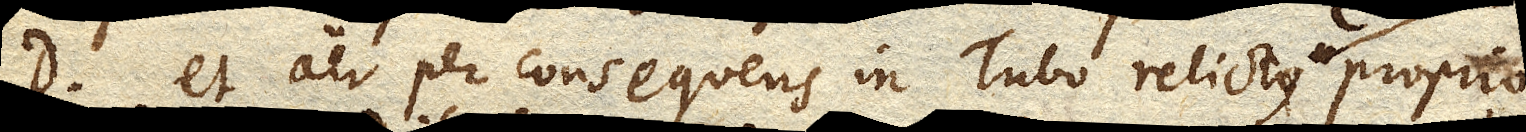
D. et aer per consequens in Tubo relictus proprio